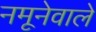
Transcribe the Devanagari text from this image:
नमूनेवाले